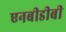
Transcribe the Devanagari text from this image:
एनबीडीबी